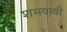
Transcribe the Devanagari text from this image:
शमवावी